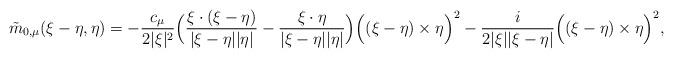
LaTeX: \begin{align*}\tilde{m}_{0, \mu} (\xi -\eta, \eta)= -\frac{c_{\mu}}{2 |\xi |^{2}}\Big(\frac{\xi \cdot (\xi - \eta)}{|\xi - \eta| |\eta|} - \frac{\xi \cdot \eta}{|\xi - \eta| |\eta|} \Big) \Big( (\xi - \eta) \times \eta \Big)^{2} - \frac{i}{2 |\xi | |\xi - \eta|} \Big( (\xi - \eta) \times \eta \Big)^{2},\end{align*}